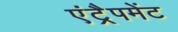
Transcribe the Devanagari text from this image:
एंट्रैपमेंट